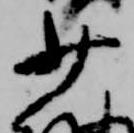
少